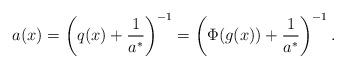
LaTeX: \begin{align*}a(x) = \left( q(x) + \frac{1}{a^\ast} \right)^{-1} = \left( \Phi(g(x)) + \frac{1}{a^\ast} \right)^{-1} .\end{align*}